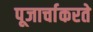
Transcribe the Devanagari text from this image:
पूजार्चाकरते